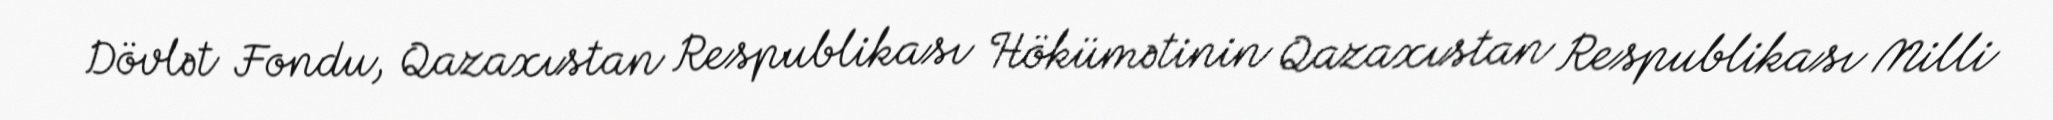
Dövlət Fondu, Qazaxıstan Respublikası Hökümətinin Qazaxıstan Respublikası Milli